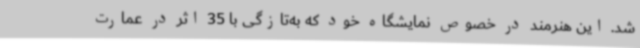
شد. این هنرمند در خصوص نمایشگاه خود که به‌تازگی با 35 اثر در عمارت